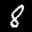
Label: 8